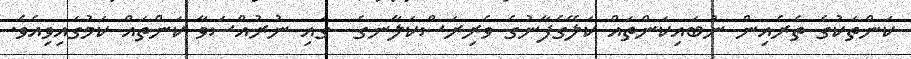
ކަންތަކުގެ ތެރެއިން ނުބައިކަންތައް ކަލޭގެފާނުގެ ވެރިރަސްކަލާނގެ  ގައި ނުރުއްސަވާ ކަންތައް ކަމުގައިވިއެވެ.